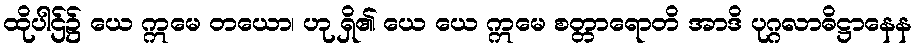
ထိုပါဌ်၌ ယေ ဣမေ တယော၊ ဟု ရှိ၏ ယေ ယေ ဣမေ စတ္တာရောတိ အာဒိ ပုဂ္ဂလာဓိဋ္ဌာနေန